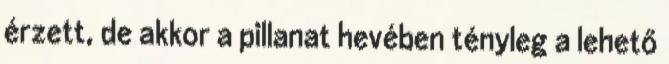
érzett, de akkor a pillanat hevében tényleg a lehető